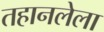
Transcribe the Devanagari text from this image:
तहानलेला